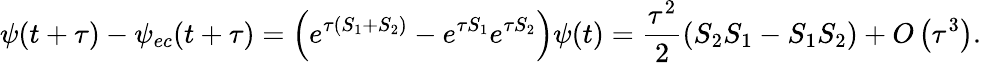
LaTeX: \psi(t+\tau)-\psi_{ec}(t+\tau)=\left(e^{\tau\left(S_{1}+S_{2}\right)}-e^{\tau S_{1}}e^{\tau S_{2}}\right)\psi(t)=\frac{\tau^{2}}{2}\left(S_{2}S_{1}-S_{1}S_{2}\right)+O\left(\tau^{3}\right).